画像に写った文字を読んでください
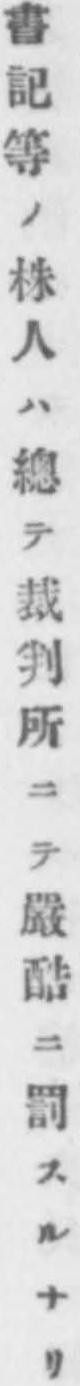
「書記等ノ株人ハ總テ裁判所ニテ嚴酷ニ罰スルナリ」と書いてあります